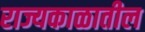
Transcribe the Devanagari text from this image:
राज्यकाळातील